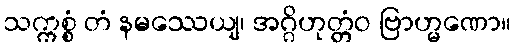
သက္ကစ္စံ တံ နမဿေယျ၊ အဂ္ဂိဟုတ္တံဝ ဗြာဟ္မဏော။